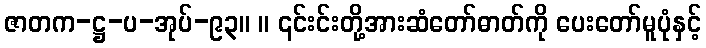
ဇာတက-ဋ္ဌ-ပ-အုပ်-၉၃။ ။ ၎င်းင်းတို့အားဆံတော်ဓာတ်ကို ပေးတော်မူပုံနှင့်